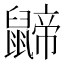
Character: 𪕬